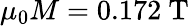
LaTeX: \mu_{0}M=0.172~\mathrm{T}